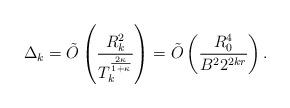
LaTeX: \begin{align*} \Delta_k = \tilde{O}\left(\frac{R_k^2}{T_k^{\frac{2\kappa}{1+\kappa}}}\right) = \tilde{O}\left(\frac{R_0^4}{B^22^{2kr}} \right).\end{align*}